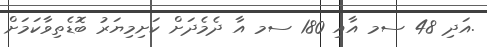
.އަދި 48 ސމ އާއި 180 ސމ އާ ދެމެދަށް ކަށިމިޔަރު ބޮޑެތިވާކަމަށް